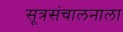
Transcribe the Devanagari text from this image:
सूत्रसंचालनाला